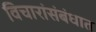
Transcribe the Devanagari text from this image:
विचारांसंबंधात